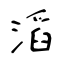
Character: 滔